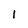
Character: I